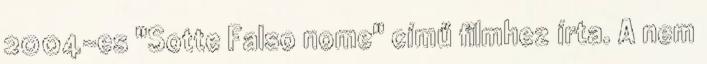
2004-es "Sotte Falso nome" című filmhez írta. A nem